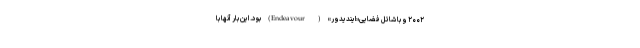
۲۰۰۲ و با شاتل فضایی«ایندیدور» ( Endeavour) بود. این بار آنها با